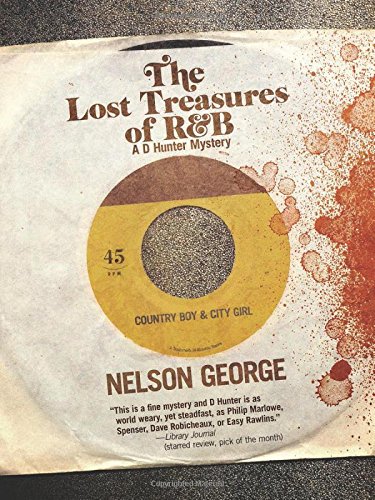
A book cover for The Lost Treasures of R&B (A D Hunter Mystery); Nelson George; Mystery, Thriller & Suspense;